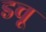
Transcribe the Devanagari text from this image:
डचू